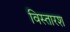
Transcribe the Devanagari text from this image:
विस्तारश